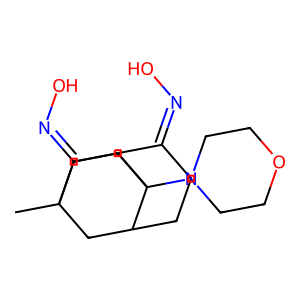
SMILES: CC12CC3CCC(=NO)C(C1)C3(N1CCOCC1)CC2=NO
Inhibits HIV replication: No